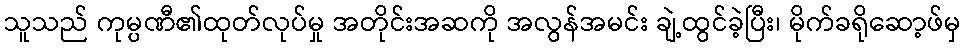
သူသည် ကုမ္ပဏီ၏ထုတ်လုပ်မှု အတိုင်းအဆကို အလွန်အမင်း ချဲ့ထွင်ခဲ့ပြီး၊ မိုက်ခရိုဆော့ဖ်မှ